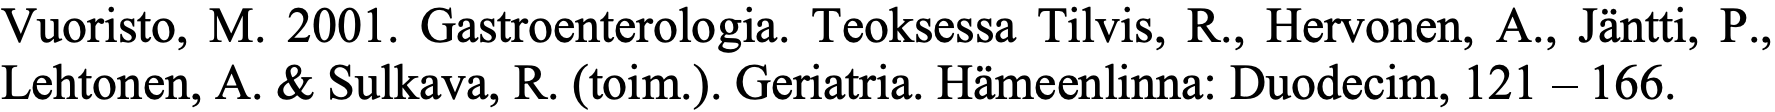
Vuoristo, M. 2001. Gastroenterologia. Teoksessa Tilvis, R., Hervonen, A., Jäntti, P., Lehtonen, A. & Sulkava, R. (toim.). Geriatria. Hämeenlinna: Duodecim, 121 – 166.